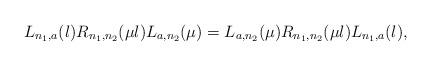
LaTeX: \begin{align*}L_{n_1,a}(\l) R_{n_1,n_2}(\mu\l) L_{a,n_2}(\mu)=L_{a,n_2}(\mu) R_{n_1,n_2}(\mu\l) L_{n_1,a}(\l), \end{align*}